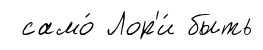
само́ Лор'и́ быть